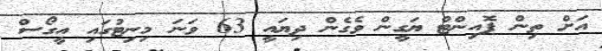
އަށް ތިން ޕޮއިންޓް ޔަގީން ވެގެން ދިޔައީ 63 ވަނަ މިނިޓުގައި އީގޯސް